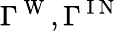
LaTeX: \Gamma^{\mathrm{~W~}},\Gamma^{\mathrm{~I~N~}}